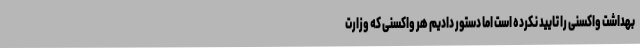
بهداشت واکسنی را تایید نکرده است اما دستور دادیم هر واکسنی که وزارت